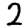
Digit: 2